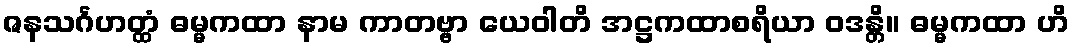
ဇနသင်္ဂဟတ္ထံ ဓမ္မကထာ နာမ ကာတဗ္ဗာ ယေဝါတိ အဋ္ဌကထာစရိယာ ဝဒန္တိ။ ဓမ္မကထာ ဟိ